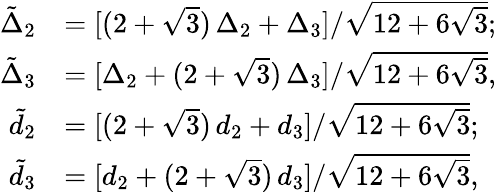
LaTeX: \begin{array}{rl}{\tilde{\Delta}_{2}}&{=[(2+\sqrt{3})\, \Delta_{2}+\Delta_{3}]/\sqrt{12+6\sqrt{3}};}\\ {\tilde{\Delta}_{3}}&{=[\Delta_{2}+(2+\sqrt{3})\, \Delta_{3}]/\sqrt{12+6\sqrt{3}},}\\ {\tilde{d}_{2}}&{=[(2+\sqrt{3})\, d_{2}+d_{3}]/\sqrt{12+6\sqrt{3}};}\\ {\tilde{d}_{3}}&{=[d_{2}+(2+\sqrt{3})\, d_{3}]/\sqrt{12+6\sqrt{3}},}\end{array}